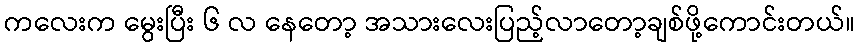
ကလေးက မွေးပြီး ၆ လ နေတော့ အသားလေးပြည့်လာတော့ချစ်ဖို့ကောင်းတယ်။